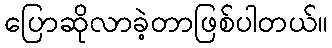
ပြောဆိုလာခဲ့တာဖြစ်ပါတယ်။